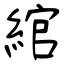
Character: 綰